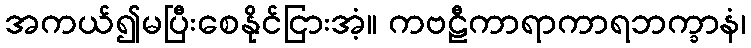
အကယ်၍မပြီးစေနိုင်ငြားအံ့။ ကဗဠီကာရာကာရဘက္ခာနံ၊